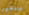
سنغير